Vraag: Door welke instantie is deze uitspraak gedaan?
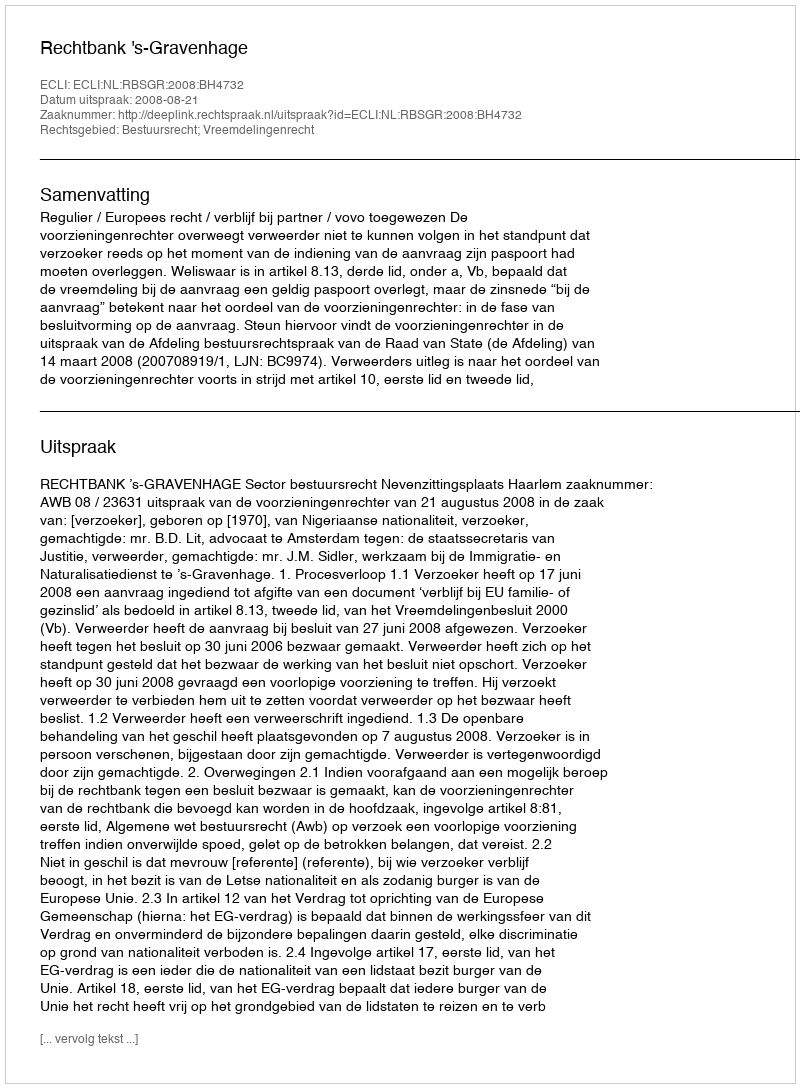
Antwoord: Rechtbank 's-Gravenhage